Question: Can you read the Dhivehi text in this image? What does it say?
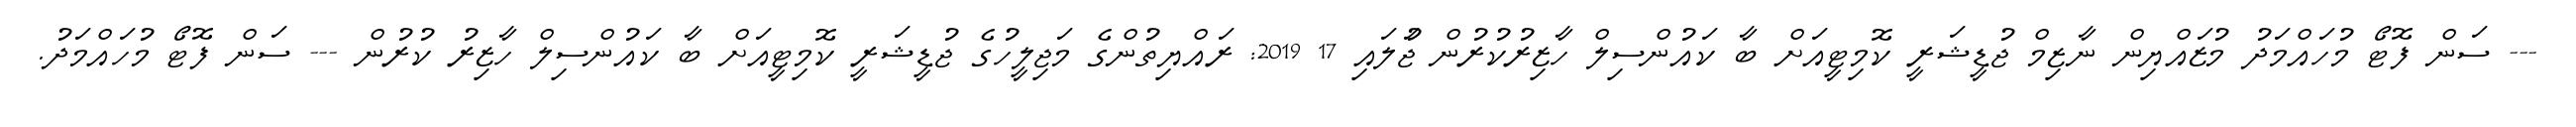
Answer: --- ސަން ފޮޓޯ މުހައްމަދު މުޒައްޔިން ނާޒިމް ޖުޑީޝަރީ ކޮމިޓީއަށް ބާ ކައުންސިލް ހާޒިރުކުރުން ޖުަލައި 17 2019: ރައްޔިތުންގެ މަޖިލީހުގެ ޖުޑީޝަރީ ކޮމިޓީއަށް ބާ ކައުންސިލް ހާޒިރު ކުރުން --- ސަން ފޮޓޯ މުހައްމަދު.